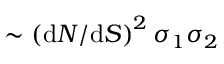
\sim \left( \textup d N / \textup d S \right) ^ { 2 } \sigma _ { 1 } \sigma _ { 2 }